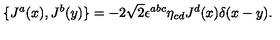
\{ J ^ { a } ( x ) , J ^ { b } ( y ) \} = - 2 \sqrt 2 \epsilon ^ { a b c } \eta _ { c d } J ^ { d } ( x ) \delta ( x - y ) .